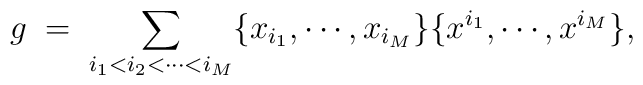
g\;=\;\sum_{i_1<i_2<\cdots<i_M}\{ x_{i_1} ,\cdots, x_{i_M}\}\{x^{i_1}, \cdots, x^{i_M}\},